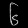
Digit: ၆